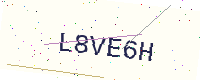
Text: L8VE6H